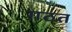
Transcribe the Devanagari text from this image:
गठत